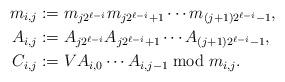
LaTeX: \begin{align*}m_{i,j} &:= m_{j 2^{\ell-i}} m_{j 2^{\ell-i} + 1} \cdots m_{(j+1)2^{\ell-i}-1}, \\A_{i,j} &:= A_{j 2^{\ell-i}} A_{j 2^{\ell-i} + 1} \cdots A_{(j+1)2^{\ell-i}-1}, \\C_{i,j} &:= V A_{i,0} \cdots A_{i,j-1} \bmod m_{i,j}. \end{align*}